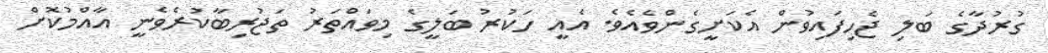
ގުރުދާގެ ބަލި ޖެހިފައިވުން އެކަށީގެންވެއެވެ. އެއީ ހަކުރު ބަލީގެ މިވައްތަރު ތަޖުރިބާކުރެވެނީ އާއްމުކޮށް